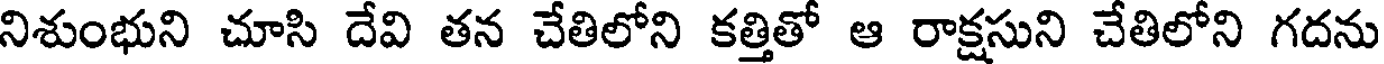
నిశుంభుని చూసి దేవి తన చేతిలోని కత్తితో ఆ రాక్షసుని చేతిలోని గదను